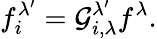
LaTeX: f_{i}^{\lambda^{\prime}}=\mathcal{G}_{i,\lambda}^{\lambda^{\prime}}f^{\lambda}.